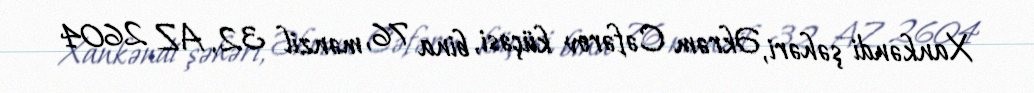
Xankəndi şəhəri, Əkrəm Cəfərov küçəsi, bina 76, mənzil 32, AZ 2604